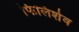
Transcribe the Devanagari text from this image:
फिलिशेव